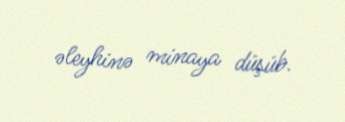
əleyhinə minaya düşüb.